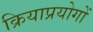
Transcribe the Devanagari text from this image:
क्रियाप्रयोगों